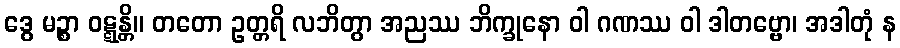
ဒွေ မဉ္စာ ဝဋ္ဋန္တိ။ တတော ဥတ္တရိ လဘိတွာ အညဿ ဘိက္ခုနော ဝါ ဂဏဿ ဝါ ဒါတဗ္ဗော၊ အဒါတုံ န